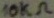
Text: 10KΩ